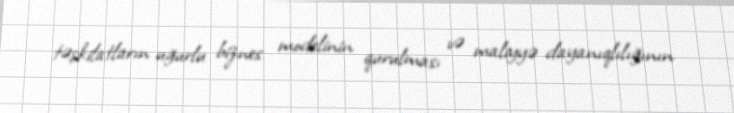
təşkilatların uğurlu biznes modelinin qurulması və maliyyə dayanıqlılığının